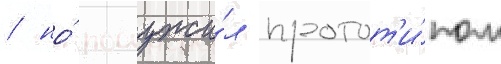
/ но́ послужи́л протот'и́пом